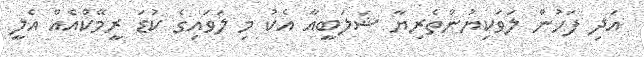
އަދި ފަހުން ލަވަކިޔުންތެރިޔާ ޝަލަބީއާ އެކު މި ލަވައިގެ ކުޑަ ރީމޭކްއެއް އެލީ